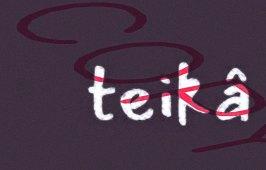
teikâ